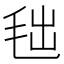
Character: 𣭑